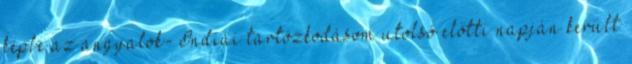
képbe az angyalok- Indiai tartózkodásom utolsó előtti napján került